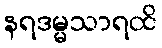
နရဒမ္မသာရထိ